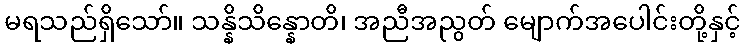
မရသည်ရှိသော်။ သန္နိသိန္နောတိ၊ အညီအညွတ် မျောက်အပေါင်းတို့နှင့်